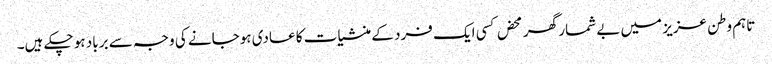
تاہم وطن عزیز میں بے شمار گھر محض کسی ایک فرد کے منشیات کا عادی ہوجانے کی وجہ سے برباد ہو چکے ہیں۔